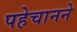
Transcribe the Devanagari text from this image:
पहेचानने